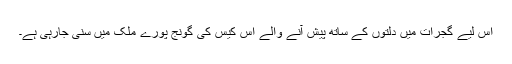
اس لیے گجرات میں دلتوں کے ساتھ پیش آنے والے اس کیس کی گونج پورے ملک میں سنی جارہی ہے۔